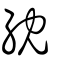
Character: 紞